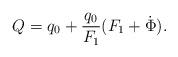
LaTeX: \begin{align*}Q = q_0 + \frac{q_0}{F_1}(F_1 + \dot \Phi).\end{align*}